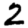
Digit: 2